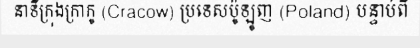
នាទីក្រុងក្រាកូ (Cracow) ប្រទេសប៉ូឡូញ (Poland) បន្ទាប់ពី